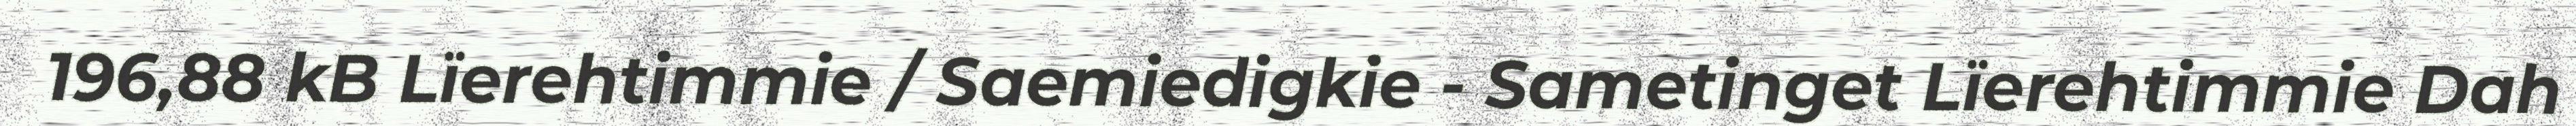
196,88 kB Lïerehtimmie / Saemiedigkie - Sametinget Lïerehtimmie Dah